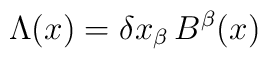
\Lambda (x) = \delta x_{\beta}\, B^{\beta}(x)